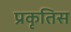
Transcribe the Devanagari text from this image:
प्रकृतिस